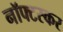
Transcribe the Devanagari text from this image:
नॉफ्टस्कर